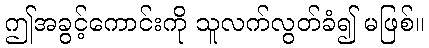
ဤအခွင့်ကောင်းကို သူလက်လွတ်ခံ၍ မဖြစ်။